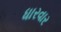
ધારવાર